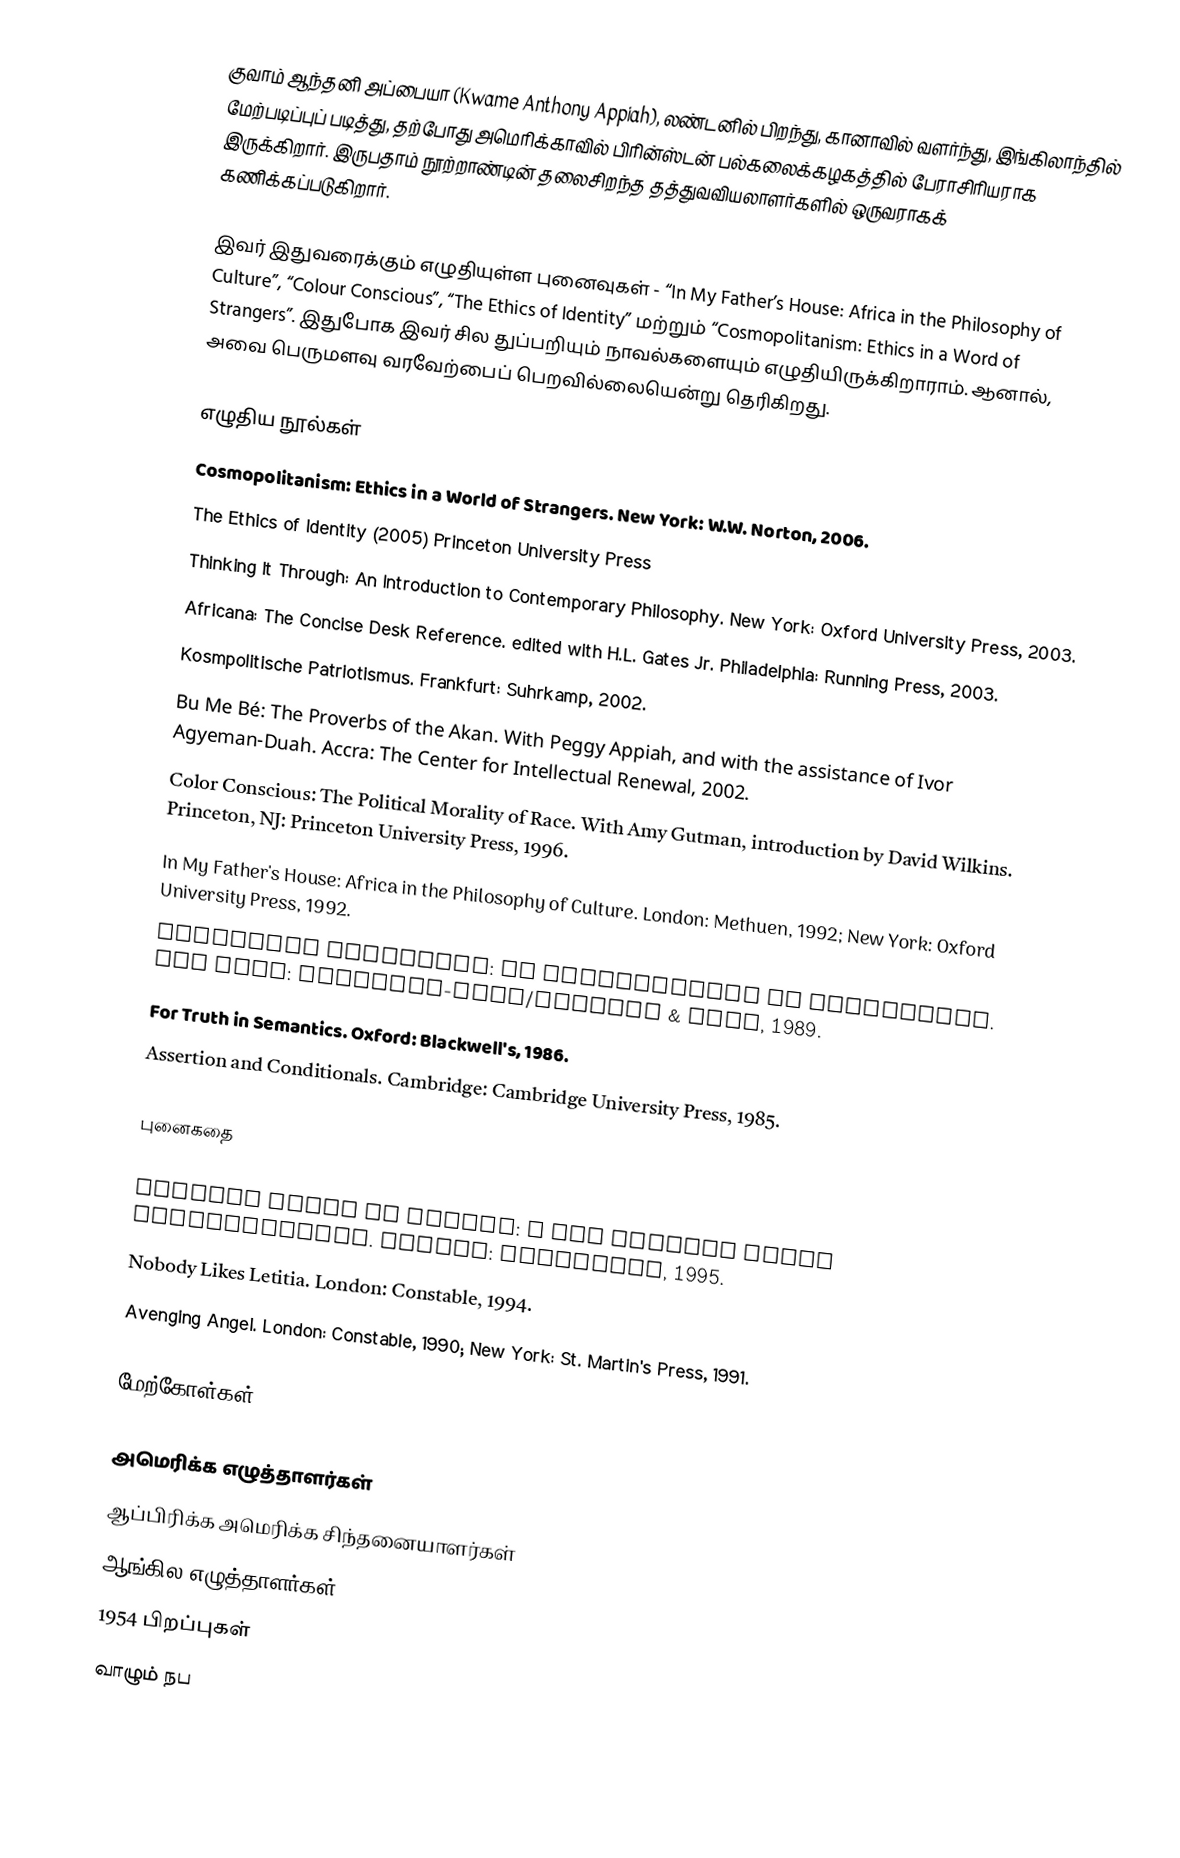
குவாம் ஆந்தனி அப்பையா (Kwame Anthony Appiah), லண்டனில் பிறந்து, கானாவில் வளர்ந்து, இங்கிலாந்தில் மேற்படிப்புப் படித்து, தற்போது அமெரிக்காவில் பிரின்ஸ்டன் பல்கலைக்கழகத்தில் பேராசிரியராக இருக்கிறார். இருபதாம் நூற்றாண்டின் தலைசிறந்த தத்துவவியலாளர்களில் ஒருவராகக் கணிக்கப்படுகிறார்.

இவர் இதுவரைக்கும் எழுதியுள்ள புனைவுகள் - “In My Father’s House: Africa in the Philosophy of Culture”, “Colour Conscious”, “The Ethics of Identity” மற்றும் “Cosmopolitanism: Ethics in a Word of Strangers”. இதுபோக இவர் சில துப்பறியும் நாவல்களையும் எழுதியிருக்கிறாராம். ஆனால், அவை பெருமளவு வரவேற்பைப் பெறவில்லையென்று தெரிகிறது.

எழுதிய நூல்கள்
Cosmopolitanism: Ethics in a World of Strangers.  New York: W.W. Norton, 2006.
 The Ethics of Identity (2005) Princeton University Press
Thinking It Through: An Introduction to Contemporary Philosophy. New York: Oxford University Press, 2003.
Africana: The Concise Desk Reference. edited with H.L. Gates Jr. Philadelphia: Running Press, 2003.
Kosmpolitische Patriotismus. Frankfurt: Suhrkamp, 2002.
Bu Me Bé: The Proverbs of the Akan. With Peggy Appiah, and with the assistance of Ivor Agyeman-Duah. Accra: The Center for Intellectual Renewal, 2002.
Color Conscious: The Political Morality of Race. With Amy Gutman, introduction by David Wilkins. Princeton, NJ: Princeton University Press, 1996.
In My Father's House: Africa in the Philosophy of Culture. London: Methuen, 1992; New York: Oxford University Press, 1992.
Necessary Questions: An Introduction to Philosophy. New York: Prentice-Hall/Calmann & King, 1989.
For Truth in Semantics. Oxford: Blackwell's, 1986.
Assertion and Conditionals. Cambridge: Cambridge University Press, 1985.

புனைகதை

Another Death in Venice: A Sir Patrick Scott Investigation. London: Constable, 1995.
Nobody Likes Letitia. London: Constable, 1994.
Avenging Angel. London: Constable, 1990; New York: St. Martin's Press, 1991.

மேற்கோள்கள்

அமெரிக்க எழுத்தாளர்கள்
ஆப்பிரிக்க அமெரிக்க சிந்தனையாளர்கள்
ஆங்கில எழுத்தாளர்கள்
1954 பிறப்புகள்
வாழும் நப